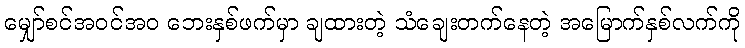
မျှော်စင်အဝင်အဝ ဘေးနှစ်ဖက်မှာ ချထားတဲ့ သံချေးတက်နေတဲ့ အမြောက်နှစ်လက်ကို